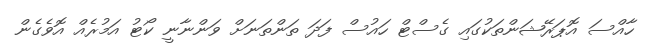
ހާއްސަ އޮޕަރޭޝަންތަކުގައި ގެސްޓް ހައުސް ފަދަ ތަންތަނަށް ވަންނާނީ ކޯޓު އަމުރެއް އޮވެގެން